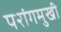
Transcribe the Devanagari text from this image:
परांगमुखी